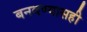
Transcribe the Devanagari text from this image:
बनवण्यासही